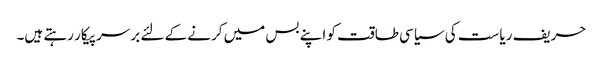
حریف ریاست کی سیاسی طاقت کو اپنے بس میں کرنے کے لئے بر سرپیکار رہتے ہیں۔